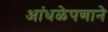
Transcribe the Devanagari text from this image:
आंधळेपणाने